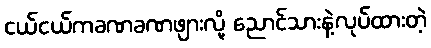
ငယ်ငယ်ကခဏခဏဖျားလို့ ညောင်သားနဲ့လုပ်ထားတဲ့